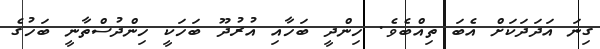
ގިނަ އަދަދަކަށް އެބަ ތިއްބެވެ. ހިންދީ ބަހާއި އުރުދޫ ބަހަކީ ހިންދުސްތާނީ ބަހުގެ